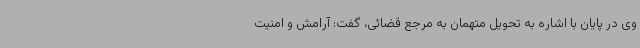
وی در پایان با اشاره به تحویل متهمان به مرجع قضائی، گفت: آرامش و امنیت